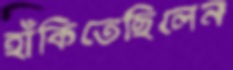
হাঁকিতেছিলেন